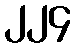
၂၂၄